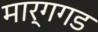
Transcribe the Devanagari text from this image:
मार्गगड